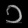
Digit: ၁